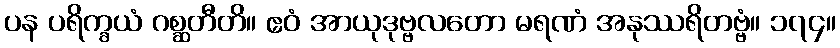
ပန ပရိက္ခယံ ဂစ္ဆတီတိ။ ဧဝံ အာယုဒုဗ္ဗလတော မရဏံ အနုဿရိတဗ္ဗံ။ ၁၇၄။